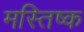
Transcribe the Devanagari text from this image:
मस्तिष्क